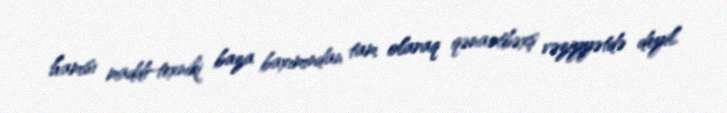
hamısı maddi-texniki baza baxımından tam olaraq qənaətbəxş vəziyyətdə deyil.